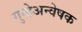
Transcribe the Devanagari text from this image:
गुन्हेअन्वेषक